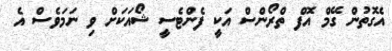
އެގޮތުން ގޭމް އޮފް ތްރޯންސް އަކީ ފެންޓެސީ ޝޯއަކަށް ވި ނަމަވެސް އެ